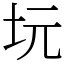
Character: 坃